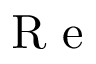
\textrm { R e }